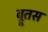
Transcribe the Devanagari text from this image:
ब्रूतस